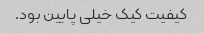
کیفیت کیک خیلی پایین بود.